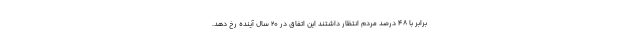
برابر با 48 درصد مردم انتظار داشتند این اتفاق در 20 سال آینده رخ دهد.